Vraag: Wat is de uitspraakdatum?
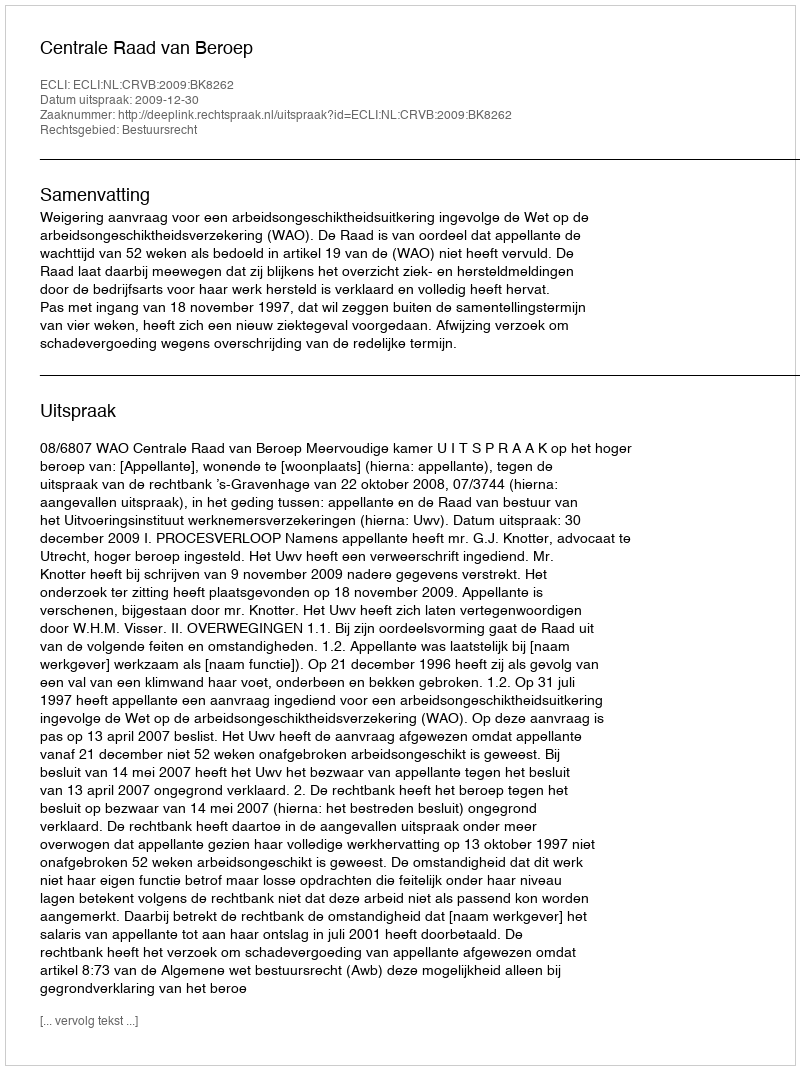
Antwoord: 2009-12-30